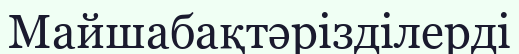
Майшабақтәрізділерді